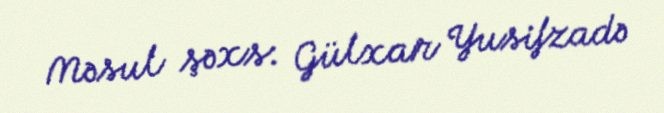
Məsul şəxs: Gülxar Yusifzadə